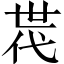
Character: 𠁀